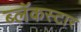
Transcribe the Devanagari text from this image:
ब्लॅकस्टार